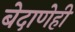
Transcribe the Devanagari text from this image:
बेदाणेही